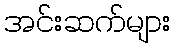
အင်းဆက်များ